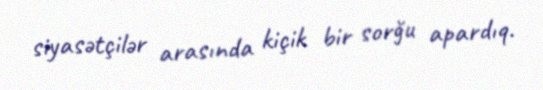
siyasətçilər arasında kiçik bir sorğu apardıq.